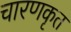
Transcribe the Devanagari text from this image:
चारणकृत